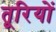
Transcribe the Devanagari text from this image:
तूरियों